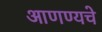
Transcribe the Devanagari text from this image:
आणण्यचे